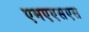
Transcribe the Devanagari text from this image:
एमएएसएस